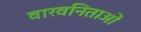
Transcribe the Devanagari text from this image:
वारवनिताओं